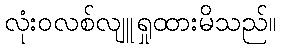
လုံးဝလစ်လျူရှုထားမိသည်။